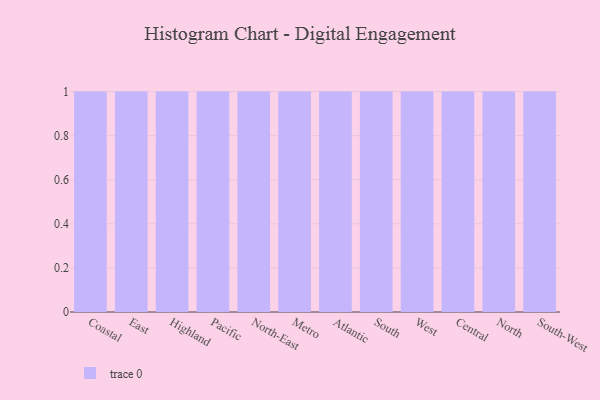
{"axis": {"x": "Region", "y": "Net Income (USD K)"}, "legend": [""], "data": [{"x": "Coastal", "y": 26, "type": ""}, {"x": "East", "y": 18, "type": ""}, {"x": "Highland", "y": 76, "type": ""}, {"x": "Pacific", "y": 64, "type": ""}, {"x": "North-East", "y": 15, "type": ""}, {"x": "Metro", "y": 88, "type": ""}, {"x": "Atlantic", "y": 66, "type": ""}, {"x": "South", "y": 64, "type": ""}, {"x": "West", "y": 86, "type": ""}, {"x": "Central", "y": 79, "type": ""}, {"x": "North", "y": 41, "type": ""}, {"x": "South-West", "y": 70, "type": ""}]}